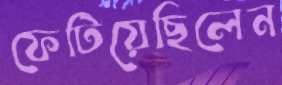
ফেটিয়েছিলেন